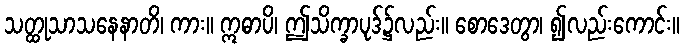
သတ္ထုသာသနေနာတိ၊ ကား။ ဣဓာပိ၊ ဤသိက္ခာပုဒ်၌လည်း။ စောဒေတွာ၊ ၍လည်းကောင်း။